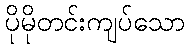
ပိုမိုတင်းကျပ်သော